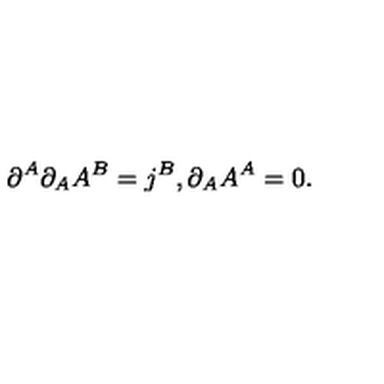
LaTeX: \partial ^ { A } \partial _ { A } A ^ { B } = j ^ { B } , \partial _ { A } A ^ { A } = 0 .